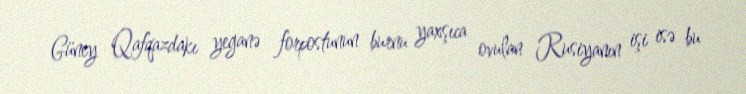
Güney Qafqazdakı yeganə forpostunun burnu yaxşıca ovulan Rusiyanın işi isə bu